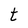
Character: t